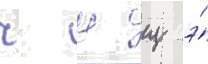
ч ш щ э́